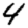
Digit: 4